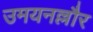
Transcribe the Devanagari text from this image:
उमयनल्लौर